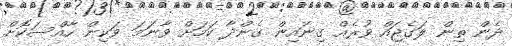
ދެން ތިން ލަގެޖައް ވުރެއް ގިނައިން ގެންދާ ކަމަށް ވާނަމަ ވަކިން ހާއްސަކޮށް